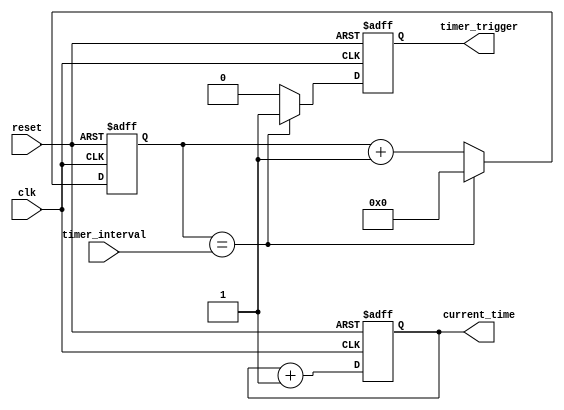
module rtc_timer (
    input clk,            // System clock input
    input reset,          // Reset signal input
    output reg [31:0] current_time,   // Current time and date information
    input [31:0] timer_interval,     // Timer interval for triggering events
    output reg timer_trigger       // Output signal for triggering events
);

reg [31:0] timer_counter;    // Counter for tracking timer interval

// Real-time clock module
always @ (posedge clk or posedge reset)
begin
    if (reset) begin
        current_time <= 32'h00000000;   // Reset current time and date
    end else begin
        // Update current time and date every clock cycle
        current_time <= current_time + 1;
    end
end

// Timer module
always @ (posedge clk or posedge reset)
begin
    if (reset) begin
        timer_counter <= 32'h00000000;   // Reset timer counter
        timer_trigger <= 0;     // Reset timer trigger signal
    end else begin
        // Increment timer counter every clock cycle
        timer_counter <= timer_counter + 1;
        
        // Check if timer interval has been reached
        if (timer_counter == timer_interval) begin
            timer_trigger <= 1;   // Trigger event
            timer_counter <= 0;   // Reset timer counter
        end else begin
            timer_trigger <= 0;   // Do not trigger event
        end
    end
end

endmodule